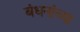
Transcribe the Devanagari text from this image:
बंधनांच्या